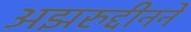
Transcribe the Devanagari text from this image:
अझरुद्दीनने